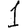
Digit: 1